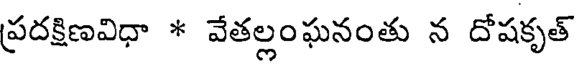
ప్రదక్షిణవిధా * వేతల్లంఘనంతు న దోషకృత్